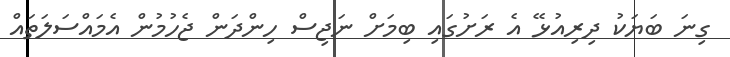
ގިނަ ބަޔަކު ދިރިއުޅޭ އެ ރަށުގައި ބިމަށް ނަޖިސް ހިންދަން ޖެހުމުން އެމައްސަލަތައް